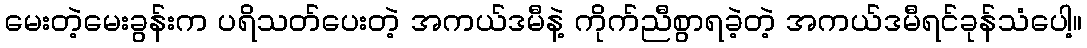
မေးတဲ့မေးခွန်းက ပရိသတ်ပေးတဲ့ အကယ်ဒမီနဲ့ ကိုက်ညီစွာရခဲ့တဲ့ အကယ်ဒမီရင်ခုန်သံပေါ့။